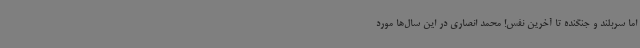
اما سربلند و جنگنده تا آخرین نفس! محمد انصاری در این سال‌ها مورد